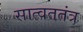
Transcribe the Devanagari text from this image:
सात्वततंत्र